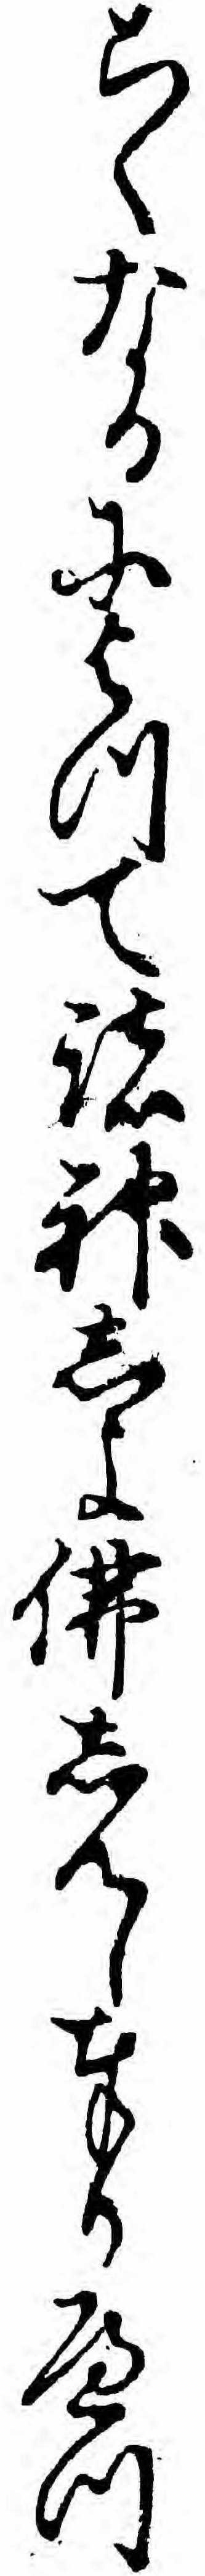
こくなるによつて諸神しよ仏しんし奉りへつ